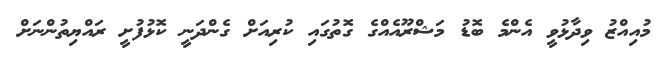
މުއިއްޒު ވިދާޅުވީ އެންމެ ބޮޑު މަޝްރޫއެއްގެ ގޮތުގައި ކުރިއަށް ގެންދަނީ ކޮޅުފުށީ ރައްޔިތުންނަށް